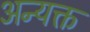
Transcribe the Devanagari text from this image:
अन्यक्त